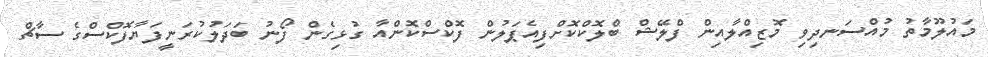
މައުލޫމާތު މުއްސަނދިވި މޮޒިއްލާއިން ފްލޭޝް ބްލޮކްކޮށްފިއެޕަލުން ފޮކްސްކޮންއާ ގުޅިގެން ފޯނު ބަދަލުކުރަނީފަޔާފޮކްސްގެ ސާޗް